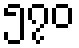
၅၇၀